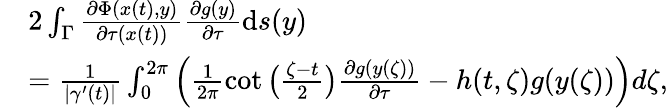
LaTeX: \begin{array}{rl}&{2\int_{\Gamma}\frac{\partial\Phi(x(t),y)}{\partial\tau(x(t))}\frac{\partial g(y)}{\partial\tau}\mathrm{d}s(y)}\\ &{=\frac{1}{|\gamma^{\prime}(t)|}\int_{0}^{2\pi}\left(\frac{1}{2\pi}\cot\big(\frac{\zeta-t}{2}\big)\frac{\partial g(y(\zeta))}{\partial\tau}-h(t,\zeta)g(y(\zeta))\right)d\zeta,}\end{array}